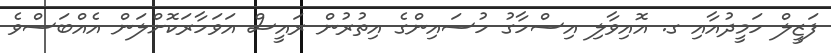
ފަޒީލް ހަމީދުއާއި ގ. އޮއިވާލި އިސްހާގު ހުސައިންގެ އިތުރުން ރައީސް އަވަހާރަކޮށްލަން އެއްބަސްވެ